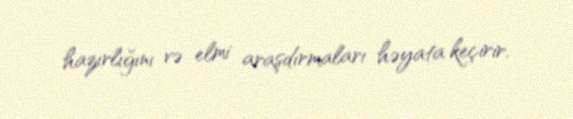
hazırlığını və elmi araşdırmaları həyata keçirir.